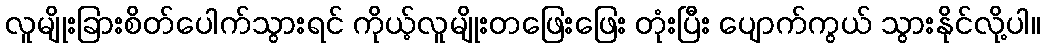
လူမျိုးခြားစိတ်ပေါက်သွားရင် ကိုယ့်လူမျိုးတဖြေးဖြေး တုံးပြီး ပျောက်ကွယ် သွားနိုင်လို့ပါ။